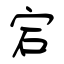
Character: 宕